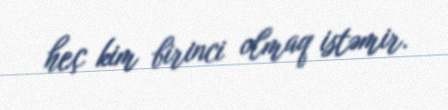
heç kim birinci olmaq istəmir.